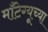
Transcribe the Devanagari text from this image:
माँटेग्यूच्या